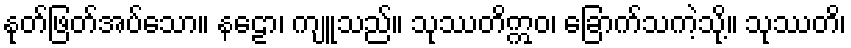
နုတ်ဖြတ်အပ်သော။ နဠော၊ ကျူသည်။ သုဿတိဣဝ၊ ခြောက်သကဲ့သို့။ သုဿတိ၊